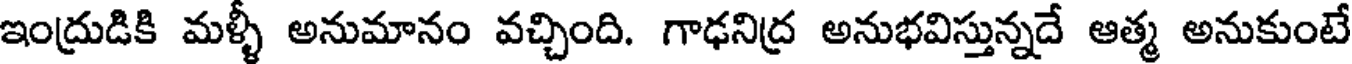
ఇంద్రుడికి మళ్ళీ అనుమానం వచ్చింది. గాఢనిద్ర అనుభవిస్తున్నదే ఆత్మ అనుకుంటే